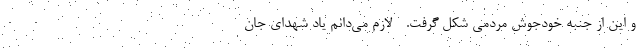
و این از جنبه خودجوش مردمی شکل گرفت. - لازم می‌دانم یاد شهدای جان